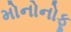
મોનોનોફૂ